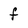
Character: f